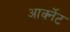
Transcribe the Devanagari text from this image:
आर्क्नेट